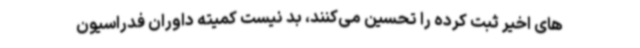
های اخیر ثبت کرده را تحسین می‌کنند، بد نیست کمیته داوران فدراسیون